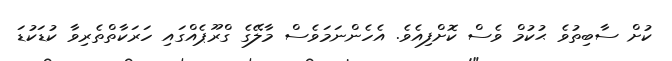
ކުށް ސާބިތުވެ ޙުކުމް ވެސް ކޮށްފިއެވެ. އެހެންނަމަވެސް މާލޭގެ ގްރޫޕެއްގައި ހަރަކާތްތެރިވާ ކުޑަކުޑަ